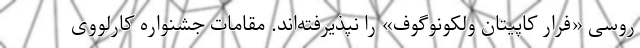
روسی «فرار کاپیتان ولکونوگوف» را نپذیرفته‌اند. مقامات جشنواره کارلووی